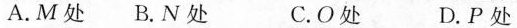
A.M处 B.N处 C.O处 D.P处